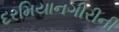
દરમિયાનગીરીની